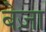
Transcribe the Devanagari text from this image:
बेज़ा